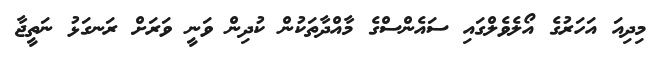
މިދިއަ އަހަރުގެ އޯލެވެލްގައި ސައެންސްގެ މާއްދާތަކުން ކުދިން ވަނީ ވަރަށް ރަނގަޅު ނަތީޖާ